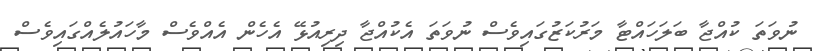
ނުވަތަ ކުއްޖާ ބަލަހައްޓާ މަރުކަޒުގައިވެސް ނުވަތަ އެކުއްޖާ ދިރިއުޅޭ އެހެން އެއްވެސް މާހައުލެއްގައިވެސް